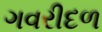
ગવરીદળ